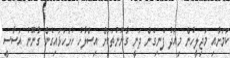
ކަމަށާއި މަޖިލީހުން މިއަދު ފެނިގެން ދަނީ ގާނޫނުތަކަށް އިސްލާހު ހުށަހަޅައިގެން ގާނޫނު އަސާސީ